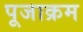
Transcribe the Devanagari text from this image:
पूजाक्रम